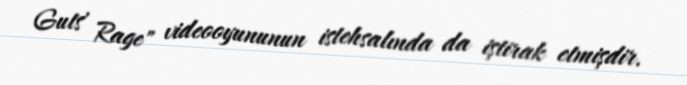
Guts' Rage" videooyununun istehsalında da iştirak etmişdir.